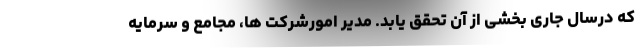
که درسال جاری بخشی از آن تحقق یابد. مدیر امورشرکت ها، مجامع و سرمایه